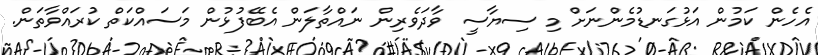
އެހެން ކަމުން އަޅުގަނޑުމެންނަށް މި ސިޔާސީ ވާދަވެރިން ނައްތާލަން އެބޭފުޅުން މަސައްކަތް ކުރައްވާތަން.